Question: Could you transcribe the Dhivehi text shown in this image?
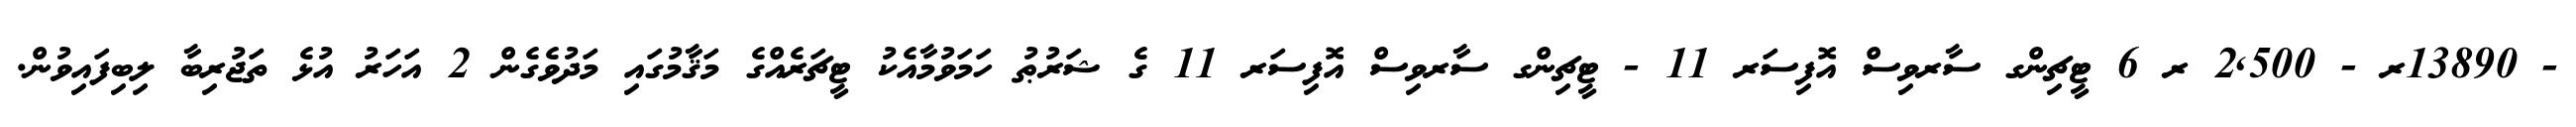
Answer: - 13890ރ - 2,500 ރ 6 ޓީޗިންގ ސާރވިސް އޮފިސަރ 11 - ޓީޗިންގ ސާރވިސް އޮފިސަރ 11 ގެ ޝަރުޠު ހަމަވުމާއެކު ޓީޗަރެއްގެ މަޤާމުގައި މަދުވެގެން 2 އަހަރު އުޅެ ތަޖުރިބާ ލިބިފައިވުން.